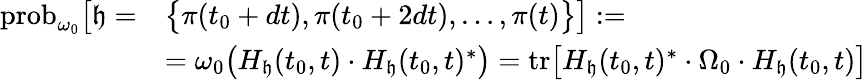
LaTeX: \begin{array}{rl}{\mathrm{prob}_{\omega_{0}}\big[\mathfrak{h}=}&{\big\{ \pi(t_{0}+dt),\pi(t_{0}+2dt),\dots,\pi(t)\big\} \big]:=}\\ &{=\omega_{0}\big(H_{\mathfrak{h}}(t_{0},t)\cdot H_{\mathfrak{h}}(t_{0},t)^{*}\big)=\mathrm{tr}\big[H_{\mathfrak{h}}(t_{0},t)^{*}\cdot\Omega_{0}\cdot H_{\mathfrak{h}}(t_{0},t)\big]}\end{array}